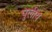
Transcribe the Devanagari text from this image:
पुलीय